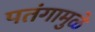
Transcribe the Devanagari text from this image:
पतंगामुळे